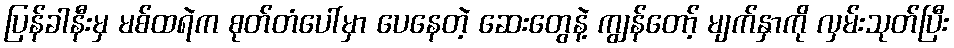
ပြန်ခါနီးမှ မစ်ထရဲက စုတ်တံပေါ်မှာ ပေနေတဲ့ ဆေးတွေနဲ့ ကျွန်တော့် မျက်နှာကို လှမ်းသုတ်ပြီး